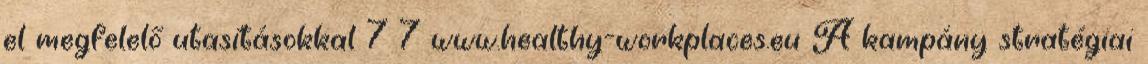
el megfelelő utasításokkal 7 7 www.healthy-workplaces.eu A kampány stratégiai